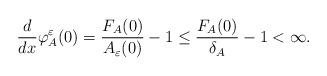
LaTeX: \begin{align*} \frac{d}{dx}\varphi_A^\varepsilon(0)=\frac{F_A(0)}{A_\varepsilon(0)}-1\leq \frac{F_A(0)}{\delta_A}-1<\infty.\end{align*}